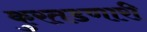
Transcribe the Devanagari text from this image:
कुरतडणारी